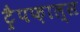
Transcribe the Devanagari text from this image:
ट्रैपफ़ाल्स